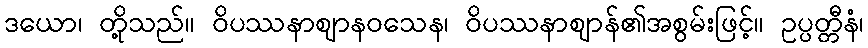
ဒယော၊ တို့သည်။ ဝိပဿနာဈာနဝသေန၊ ဝိပဿနာဈာန်၏အစွမ်းဖြင့်။ ဥပ္ပတ္တီနံ၊